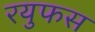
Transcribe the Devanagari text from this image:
रयुफस